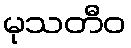
မုသတီဝ